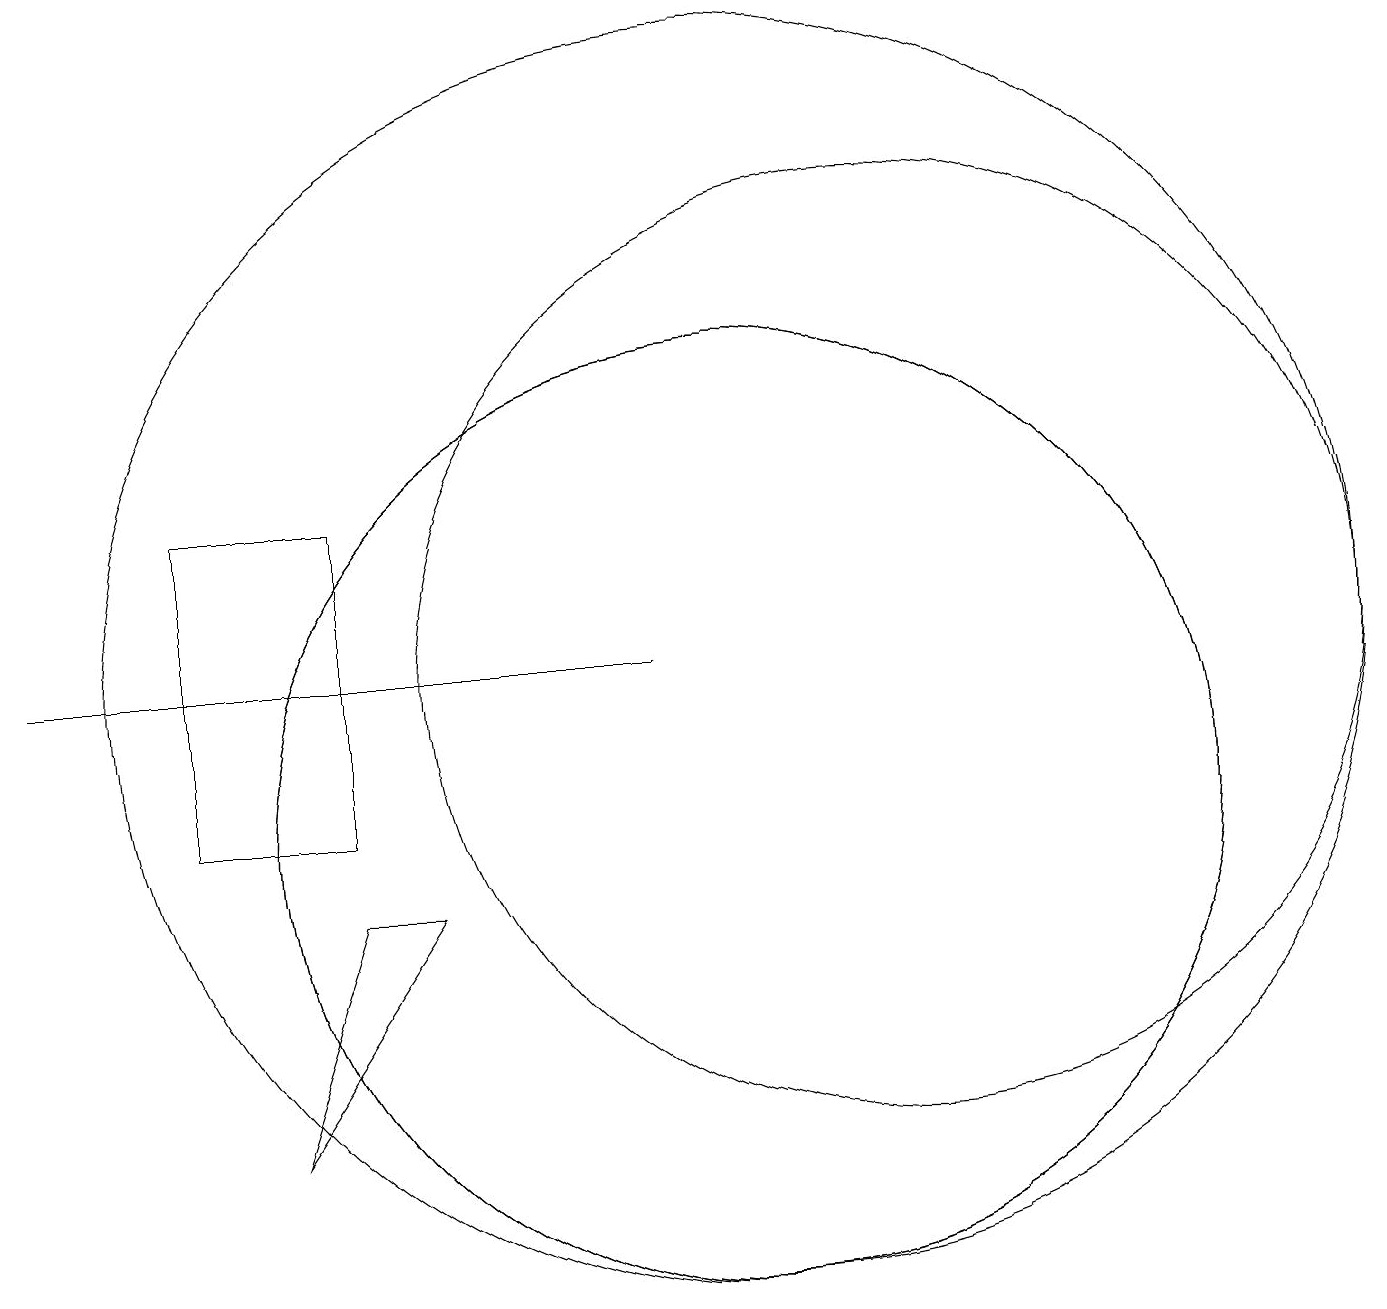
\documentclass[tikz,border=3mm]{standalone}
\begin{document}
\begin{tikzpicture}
\draw (10,10) circle (6);
\draw (6,9) -- (4,6) -- (5,9) -- cycle;
\draw (3,14) rectangle (5,10);
\draw (10,10) circle (6);
\draw (10,12) circle (8);
\draw (12,12) circle (6);
\draw (9,12) rectangle (1,12);
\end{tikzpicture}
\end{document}